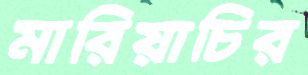
মারিয়াচির